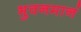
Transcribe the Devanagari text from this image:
भुवनमानं